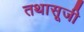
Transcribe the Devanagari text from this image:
तथासूजी